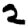
Digit: 2